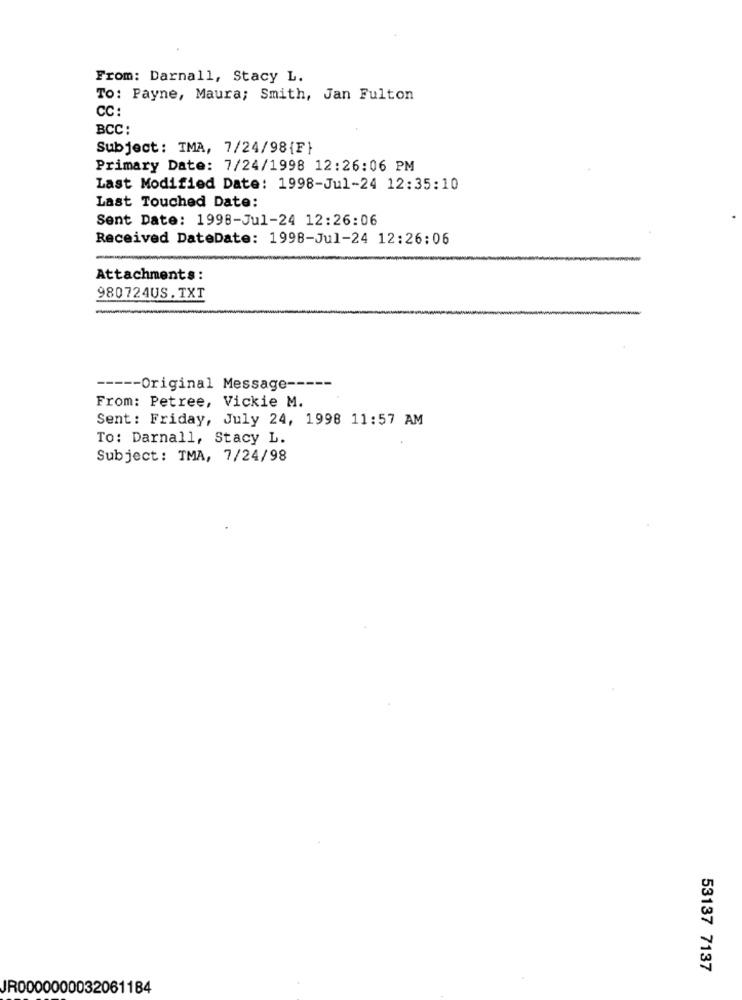
From: Darnall, Stacy L.
To: Payne, Maura; Smith, Jan Fulton
CC:
BCC:
Subject: IMA, 7/24/98{F}
Primary Date: 7/24/1998 12:26:06 PM
Last Modified Date: 1998-Jul-24 12:35:10
Last Touched Date:
Sent Date: 1998-Jul-24 12:26:06
Received DateDate: 1998-Jul-24 12:26:06
Attachments:
980724US.TXT
----- Original Message -----
From: Petree, Vickie M.
Sent: Friday, July 24, 1998 11:57 AM
To: Darnall, Stacy L.
Subject: TMA, 7/24/98
53137 7137
JR0000000032061184